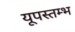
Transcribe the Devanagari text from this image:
यूपस्तम्भ